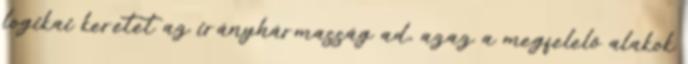
logikai keretet az irányhármasság ad, azaz a megfelelő alakok